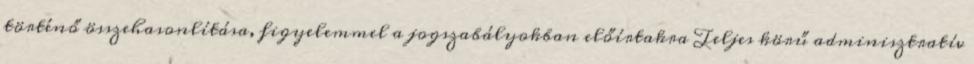
történő összehasonlítása, figyelemmel a jogszabályokban előírtakra Teljes körű adminisztratív